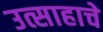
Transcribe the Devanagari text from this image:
उत्साहाचे